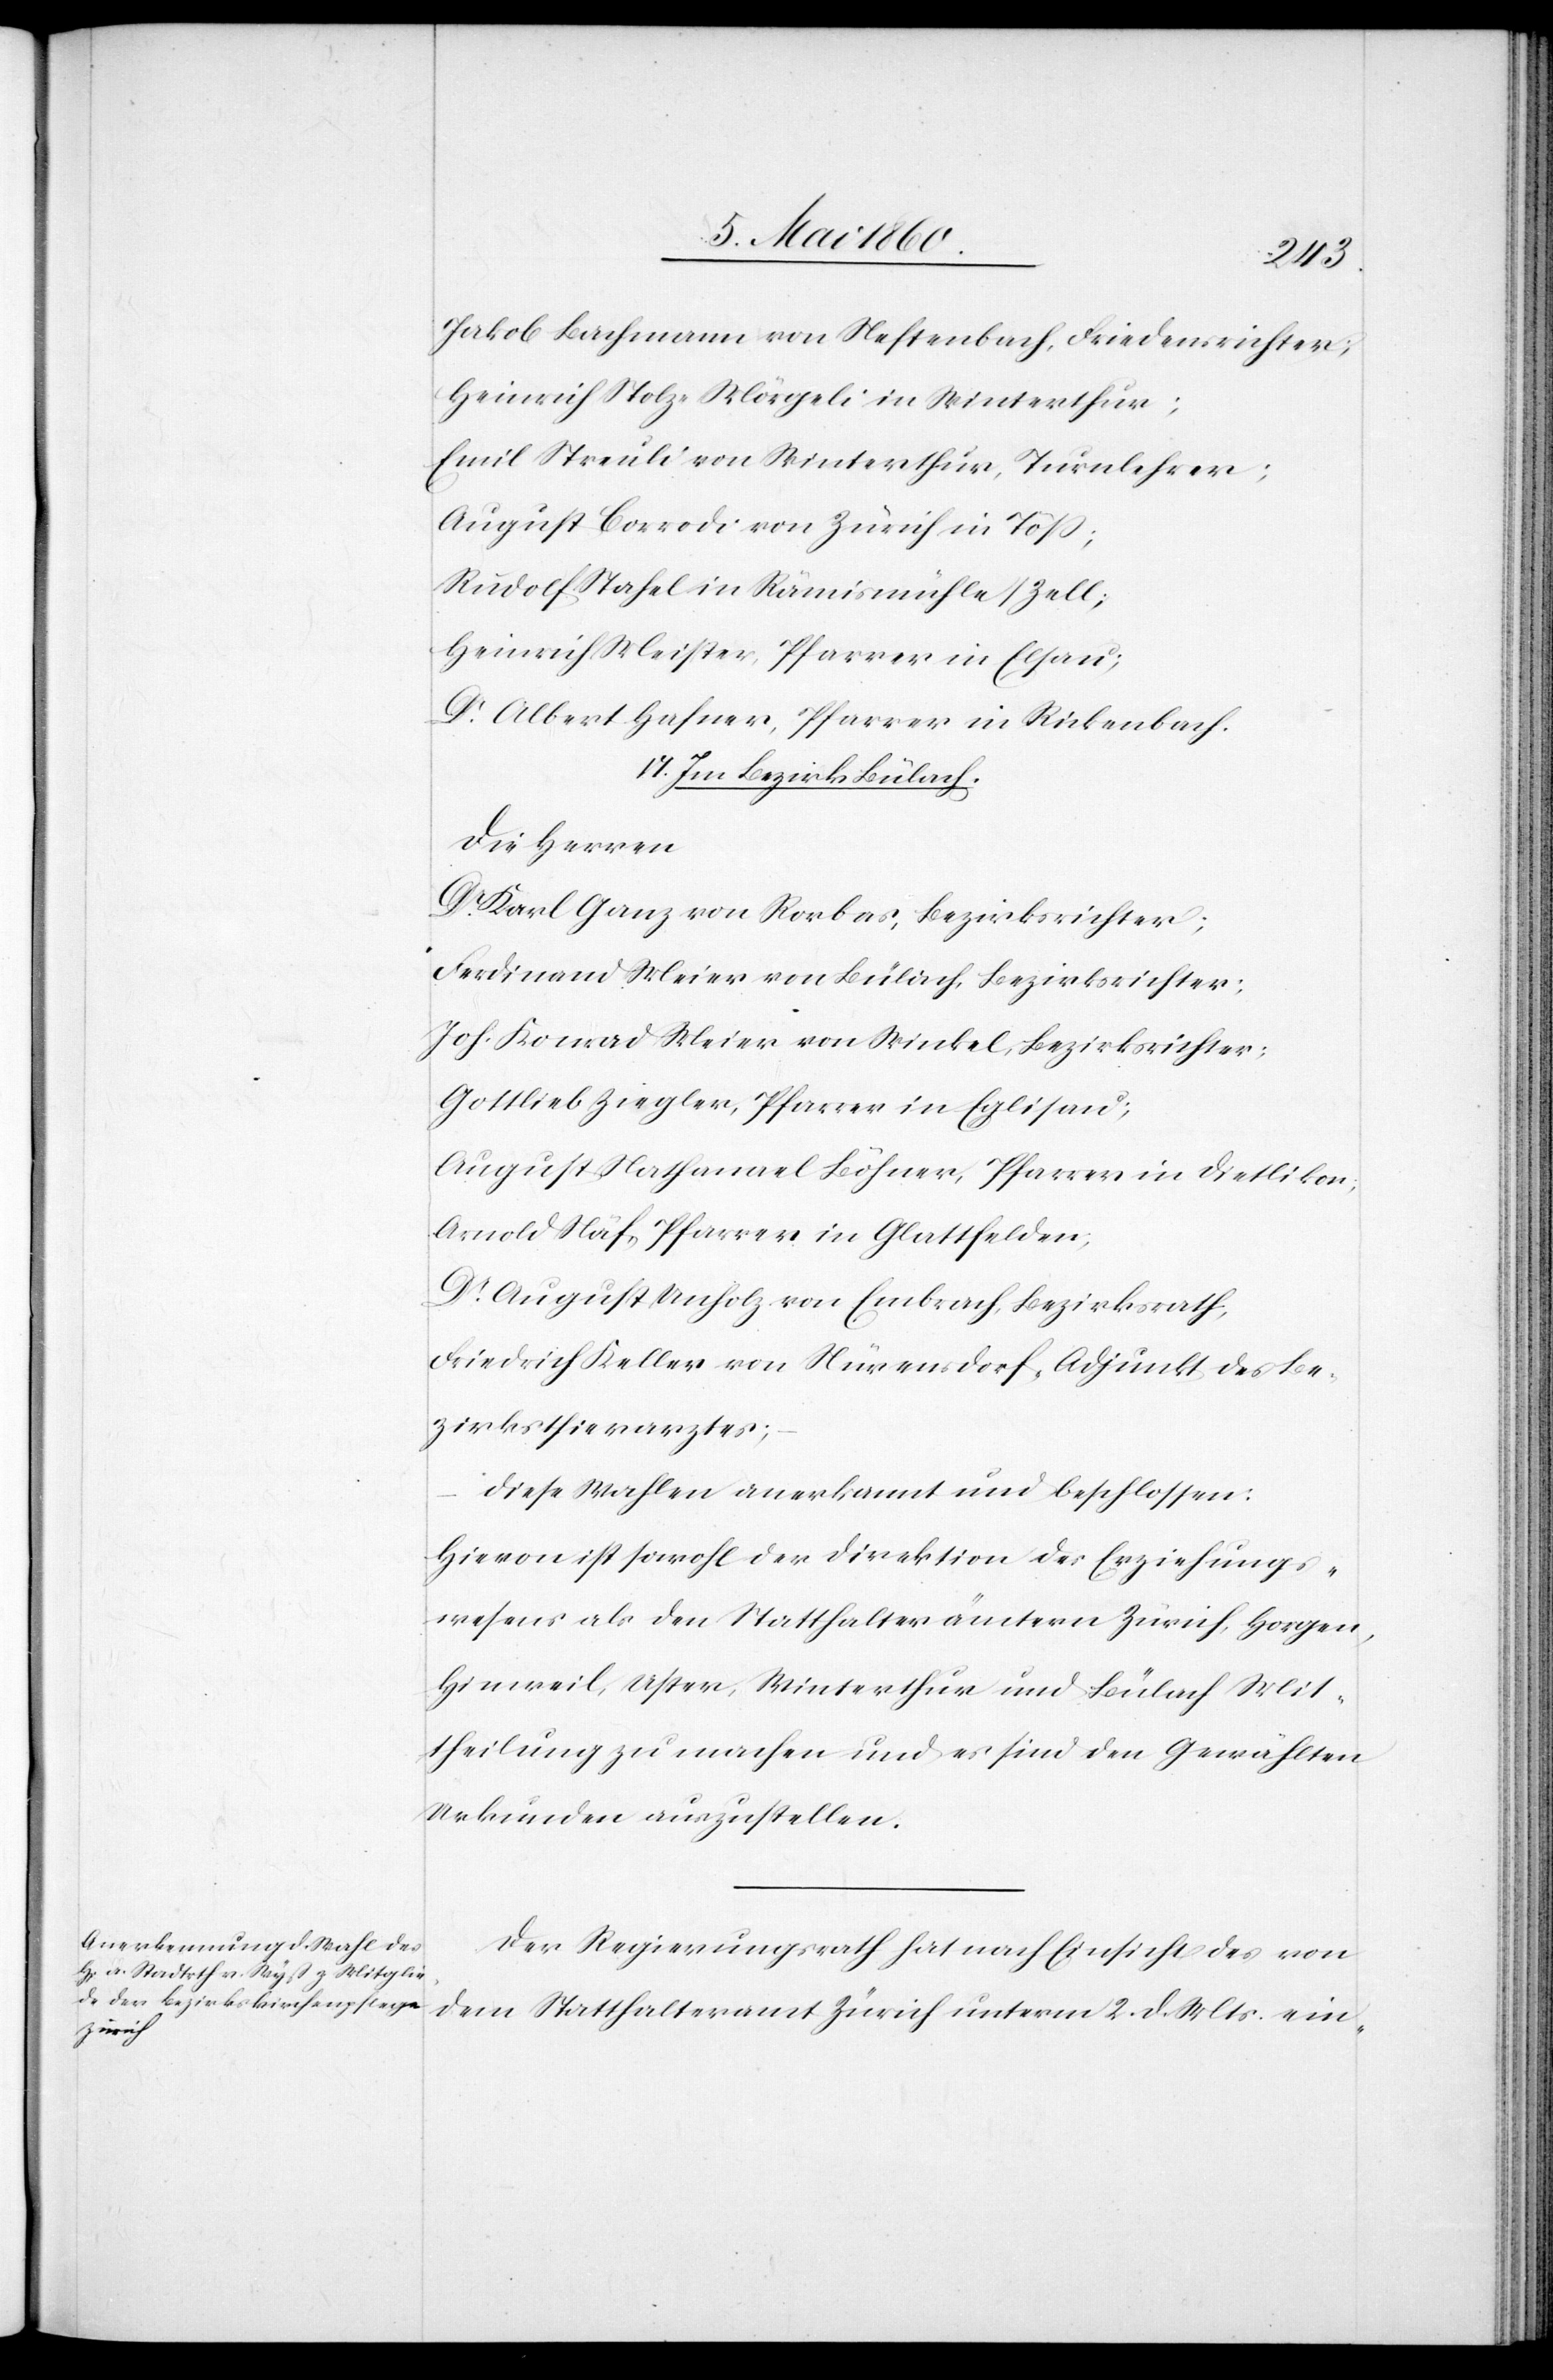
Jakob Bachmann von Neftenbach, Friedensrichter;
Heinrich Stolz-Nägeli in Winterthur;
Emil Streuli von Winterthur, Turnlehrer;
August Corrodi von Zürich in Töss;
Rudolf Stahel in Rämismühle/Zell;
Heinrich Meister, Pfarrer in Elsau;
Dr Albert Hafner, Pfarrer in Rickenbach.
VI. Im Bezirk Bülach.
Die Herren
Dr Karl Ganz von Rorbas, Bezirksrichter;
Ferdinand Meier von Bülach, Bezirksrichter;
Joh. Konrad Meier von Winkel, Bezirksrichter;
Gottlieb Ziegler, Pfarrer in Eglisau;
August Nathanael Böhner, Pfarrer in Dietlikon,
Arnold Näf, Pfarrer in Glattfelden;
Dr August Unholz von Embrach, Bezirksrath,
Friedrich Keller von Nürensdorf, Adjunkt des Be¬
zirksthierarztes;
diese Wahlen anerkannt und beschlossen:
Hievon ist sowohl der Direktion des Erziehungs¬
wesens als den Statthalterämtern Zürich, Horgen,
Hinweil, Uster, Winterthur und Bülach Mit¬
theilung zu machen und es sind den Gewählten
Urkunden auszustellen.
Der Regierungsrath hat nach Einsicht des von
dem Statthalteramt Zürich unterm 2. d. Mts. ein-